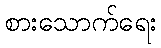
စားသောက်ရေး